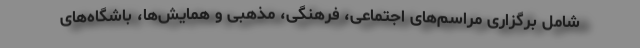
شامل برگزاری مراسم‌های اجتماعی، فرهنگی، مذهبی و همایش‌ها، باشگاه‌های